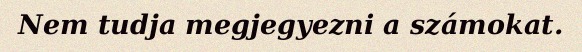
Nem tudja megjegyezni a számokat.